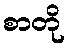
စာတို